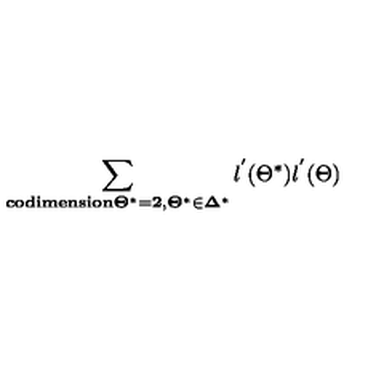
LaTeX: \sum _ { \bf { c o d i m e n s i o n } \Theta ^ { * } = 2 , \Theta ^ { * } \in \Delta ^ { * } } { l ^ { ' } ( \Theta ^ { * } ) l ^ { ' } ( \Theta ) }